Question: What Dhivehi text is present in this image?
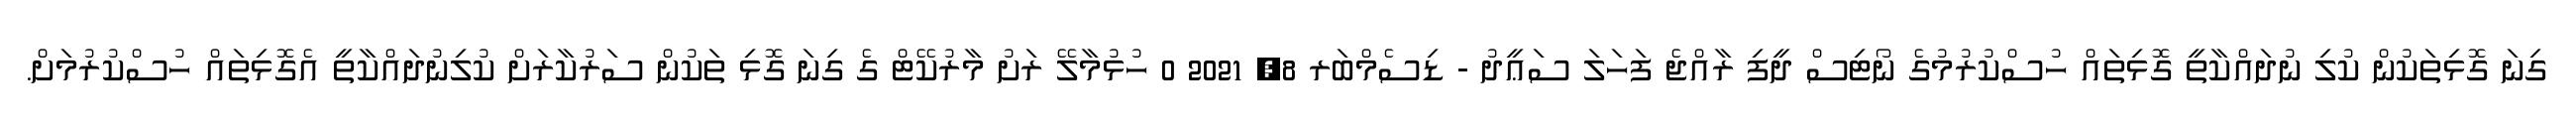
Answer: ގިނަ ގޮޅިތަކުން ކުލި ނުދައްކާތީ ގޮޅިތައް ހުސްކުރުމުގެ ނޯޓިސް ދީފި ރާއްޖެ ފަހަލަ ސަޢީދު - ޑިސެމްބަރ 8, 2021 0 ހުޅުމާލޭ ރަށު މާރުކޭޓް ގެ ގިނަ ގޮޅި ތަކުން ސަރުކާރަށް ކުލިނުދައްކާތީ އެގޮޅިތައް ހުސްކުރުމަށް.